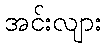
အင်းလျား